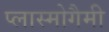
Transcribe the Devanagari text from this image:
प्लास्मोगैमी